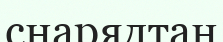
снарядтан